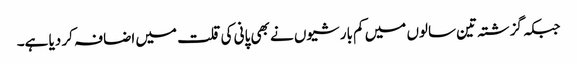
جبکہ گزشتہ تین سالوں میں کم بارشیوں نے بھی پانی کی قلت میں اضافہ کر دیا ہے۔